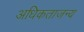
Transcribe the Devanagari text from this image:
अधिकताजन्य